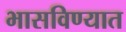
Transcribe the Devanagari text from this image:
भासविण्यात